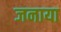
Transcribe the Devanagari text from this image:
जनाया